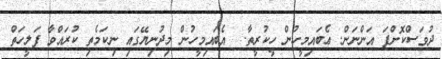
ދުވަސްކޮށްފަ އަންނަން. ޢެބައިމީހުން ހީކުރީތާ.  އެބައިމީހުން މިދުނިޔޭގައި ނިކަމެތި ކުރައްވާ ފަލީހަތް